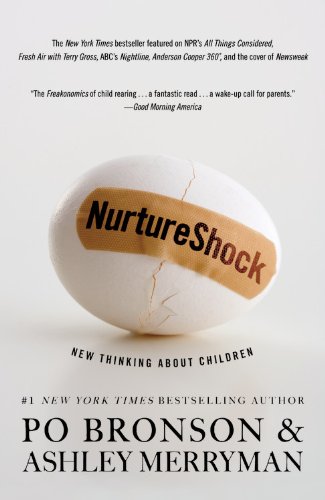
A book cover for NurtureShock: New Thinking About Children; Po Bronson; Medical Books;